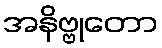
အနိဗ္ဗုတော